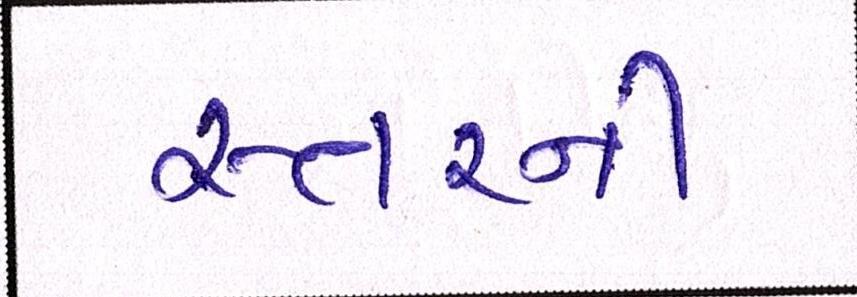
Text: સ્તરની